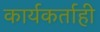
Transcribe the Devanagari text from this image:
कार्यकर्ताही